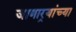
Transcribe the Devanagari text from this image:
जाणार्‍यांच्या